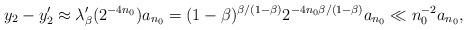
LaTeX: \begin{align*}y_2-y'_2\approx \lambda_\beta'(2^{-4n_0})a_{n_0} = (1-\beta)^{\beta/(1-\beta)} 2^{-4n_0 \beta/(1-\beta)} a_{n_0} \ll n_0^{-2} {a_{n_0}},\end{align*}